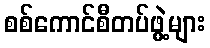
စစ်ကောင်စီတပ်ဖွဲ့များ